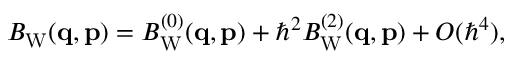
\begin{array} { r } { B _ { \mathrm { W } } ( \ensuremath { \mathbf { q } } , \ensuremath { \mathbf { p } } ) = B _ { \mathrm { W } } ^ { ( 0 ) } ( \ensuremath { \mathbf { q } } , \ensuremath { \mathbf { p } } ) + \hbar ^ { 2 } B _ { \mathrm { W } } ^ { ( 2 ) } ( \ensuremath { \mathbf { q } } , \ensuremath { \mathbf { p } } ) + O ( \hbar ^ { 4 } ) , } \end{array}